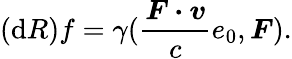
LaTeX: (\mathrm{d}R)f=\gamma(\frac{\boldsymbol{F\cdot v}}{c}e_{0},\boldsymbol{F}).